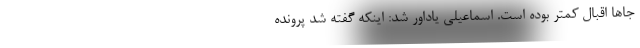
جاها اقبال کمتر بوده است. اسماعیلی یاداور شد: اینکه گفته شد پرونده